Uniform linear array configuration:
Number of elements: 4
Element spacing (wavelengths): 0.75
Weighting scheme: exponential
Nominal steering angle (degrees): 30
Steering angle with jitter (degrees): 31.948
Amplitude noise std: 0.05
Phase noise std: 0.05

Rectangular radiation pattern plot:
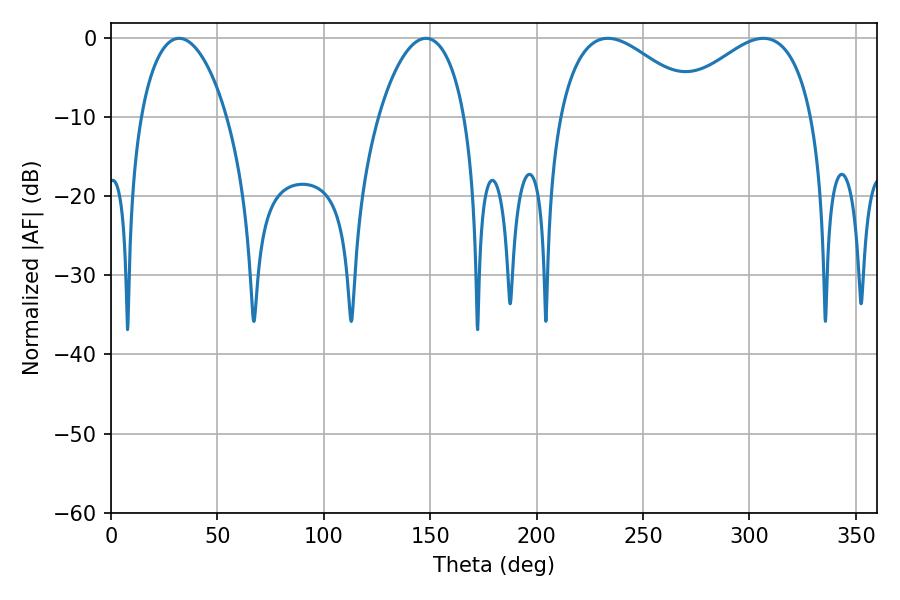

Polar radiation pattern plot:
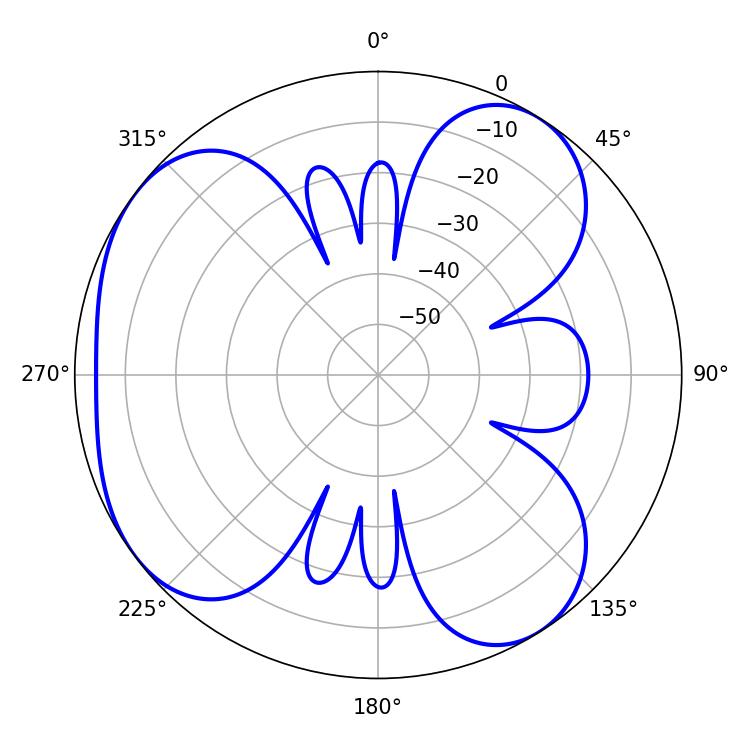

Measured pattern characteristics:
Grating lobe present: TRUE
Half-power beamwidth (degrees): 36.72
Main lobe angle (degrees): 233.46